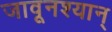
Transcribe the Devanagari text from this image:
जावूनश्यान्